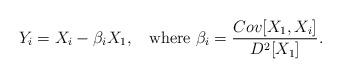
LaTeX: \begin{align*}Y_i = X_i - \beta_i X_1, \;\; \mbox{ where } \beta_i= \frac{Cov[X_1,X_i]}{D^2[X_1]}.\end{align*}